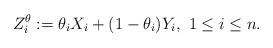
LaTeX: \begin{align*}Z_{i}^{\theta}:=\theta_{i}X_{i}+(1-\theta_{i})Y_{i},~1\leq i\leq n.\end{align*}